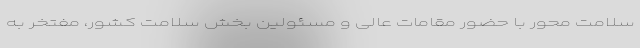
سلامت محور با حضور مقامات عالی و مسئولین بخش سلامت کشور، مفتخر به